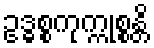
ဥဒ္ဓစ္စကုက္ကုစ္စန္တိ